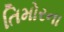
તિમોરના